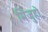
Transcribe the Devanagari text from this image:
मिजुहो